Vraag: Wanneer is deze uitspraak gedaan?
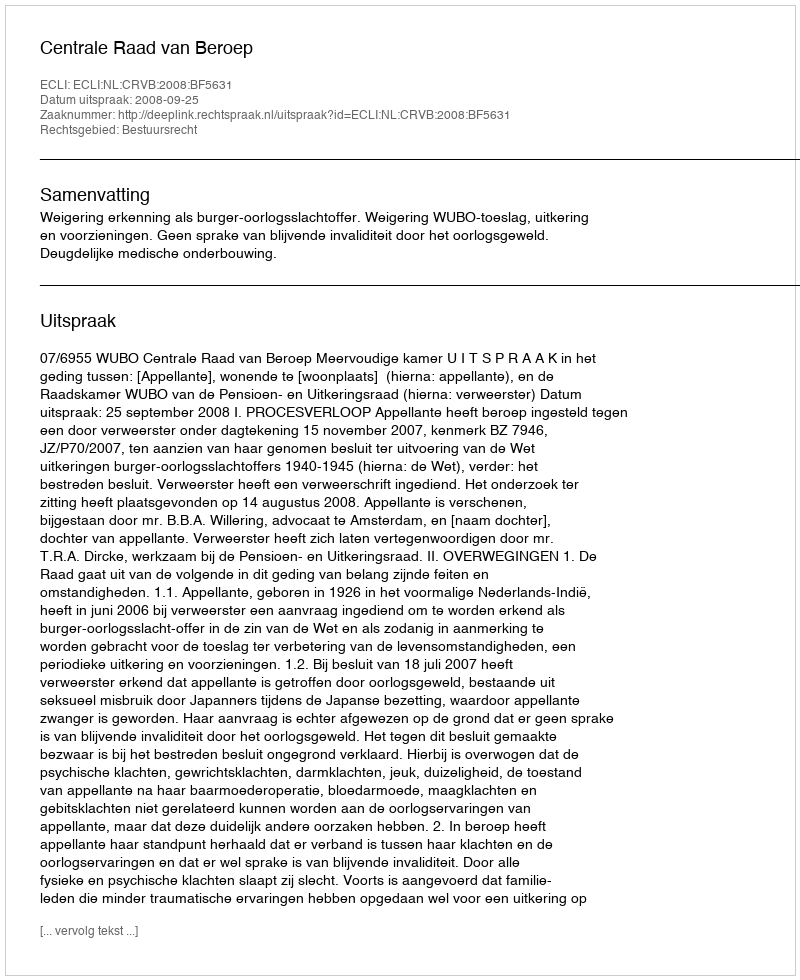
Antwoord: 2008-09-25